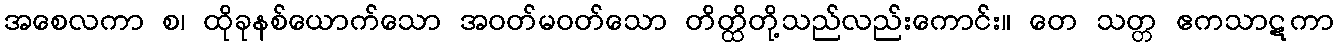
အစေလကာ စ၊ ထိုခုနစ်ယောက်သော အဝတ်မဝတ်သော တိတ္ထိတို့သည်လည်းကောင်း။ တေ သတ္တ ဧကသာဋကာ